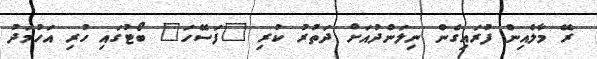
ރޭ މާލެއިން ފުރައިގެން ނިލަންދުއަށް ދަތުރު ކުރި "ފަސޭހަ" ބޯޓުގައި ހުރި އަހުމަދު